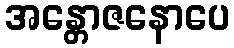
အန္တောဇနောပေ